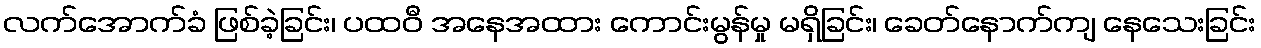
လက်အောက်ခံ ဖြစ်ခဲ့ခြင်း၊ ပထဝီ အနေအထား ကောင်းမွန်မှု မရှိခြင်း၊ ခေတ်နောက်ကျ နေသေးခြင်း